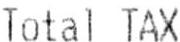
TOTAL TAX